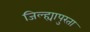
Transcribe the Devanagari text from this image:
जिल्ह्यापुरता